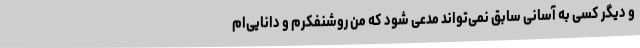
و دیگر کسی به آسانی سابق نمی‌تواند مدعی شود که من روشنفکرم و دانایی‌ام